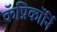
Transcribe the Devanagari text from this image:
कॅप्रिकॉर्नि